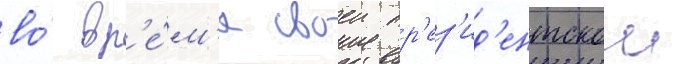
во́ вр'е́м'я своеи пр'ез'ид'ентскои